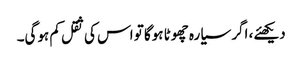
دیکھئے، اگر سیارہ چھوٹا ہوگا تو اس کی ثقل کم ہوگی۔